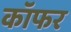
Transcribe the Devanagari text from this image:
कॉफर